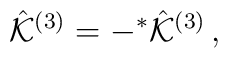
\hat{\cal K}^{(3)} = -{}^{*}\hat{\cal K}^{(3)}\, ,